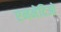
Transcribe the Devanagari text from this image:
एनमेदिओ